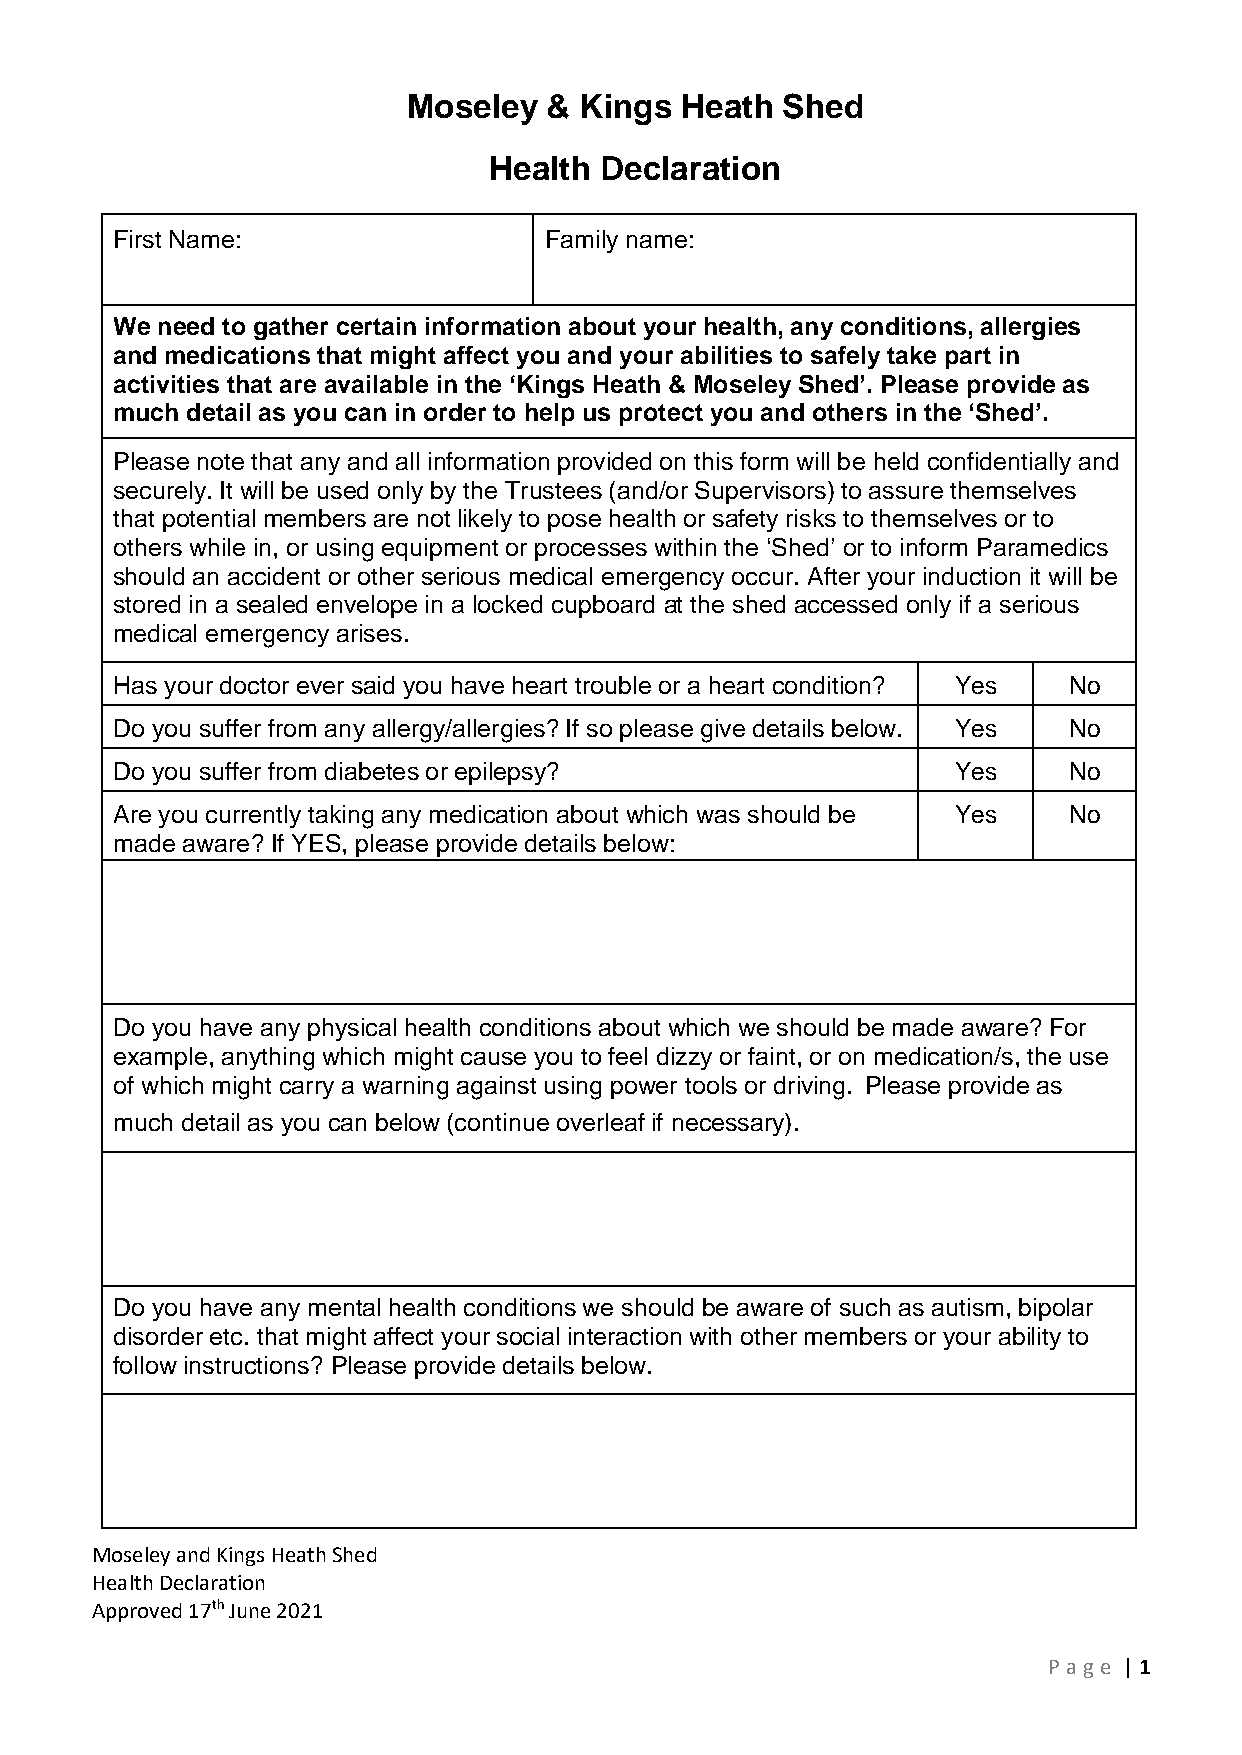
Moseley  & Kings  Heath  Shed
 Health  Declaration
 First Name:                  Family name:
 We need to gather certain information about your health, any conditions, allergies
 and medications that might affect you and your abilities to safely take part in
 activities that are available in the ‘Kings Heath & Moseley Shed’. Please provide as
 much detail as you can in order to help us protect you and others in the ‘Shed’.
 Please note that any and all information provided on this form will be held confidentially and
 securely. It will be used only by the Trustees (and/or Supervisors) to assure themselves
 that potential members are not likely to pose health or safety risks to themselves or to
 others while in, or using equipment or processes within the ‘Shed’ or to inform Paramedics
 should an accident or other serious medical emergency occur. After your induction it will be
 stored in a sealed envelope in a locked cupboard at the shed accessed only if a serious
 medical emergency arises.
 Has your doctor ever said you have heart trouble or a heart condition? Yes No
 Do you suffer from any allergy/allergies? If so please give details below. Yes No
 Do you suffer from diabetes or epilepsy?                Yes     No
 Are you currently taking any medication about which was should be Yes No
 made aware? If YES, please provide details below:
 Do you have any physical health conditions about which we should be made aware? For
 example, anything which might cause you to feel dizzy or faint, or on medication/s, the use
 of which might carry a warning against using power tools or driving. Please provide as
 much detail as you can below (continue overleaf if necessary).
 Do you have any mental health conditions we should be aware of such as autism, bipolar
 disorder etc. that might affect your social interaction with other members or your ability to
 follow instructions? Please provide details below.
 Moseley and Kings Heath Shed
 Health Declaration
 Approved 17th June 2021
 P age | 1